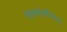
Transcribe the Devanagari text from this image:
फाइलाँलाँजिकम्